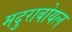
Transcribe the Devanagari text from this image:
मदुराबोयल